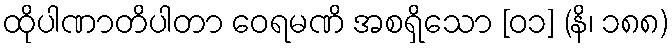
ထိုပါဏာတိပါတာ ဝေရမဏိ အစရှိသော [၀၁] (နိ၊ ၁၈၈)